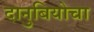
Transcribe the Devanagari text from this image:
दानुबियोचा